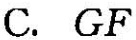
C. GF